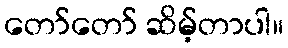
တော်တော် ဆိမ့်တာပါ။